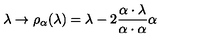
\lambda \rightarrow \rho _ { \alpha } ( \lambda ) = \lambda - 2 \frac { \alpha \cdot \lambda } { \alpha \cdot \alpha } \alpha